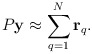
\begin{align*}P {\bf y} \approx \sum_{q=1}^N {\bf r}_q.\end{align*}